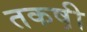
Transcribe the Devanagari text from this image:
तकष़ी